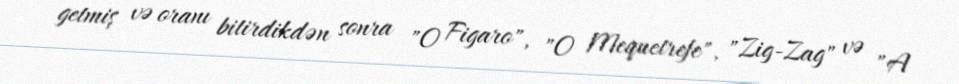
getmiş və oranı bitirdikdən sonra "O Figaro", "O Mequetrefe", "Zig-Zag" və "A